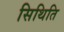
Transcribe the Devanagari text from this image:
सिथिति